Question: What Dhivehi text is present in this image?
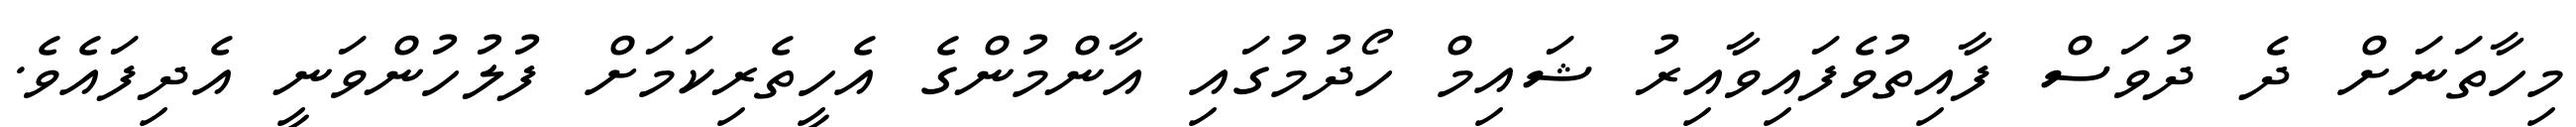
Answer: މިހާތަނަށް ދެ ދުވަސް ފާއިތުވެފައިވާއިރު ޝައިމް ހޯދުމުގައި އާންމުންގެ އެހީތެރިކަމަށް ފުލުހުންވަނީ އެދިފައެވެ.